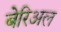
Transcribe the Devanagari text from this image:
बेरिअल